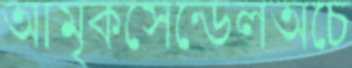
আমৃকসেন্ডেলঅচে